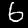
Digit: 6